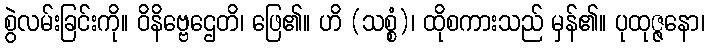
စွဲလမ်းခြင်းကို။ ဝိနိဗ္ဗေဌေတိ၊ ဖြေ၏။ ဟိ (သစ္စံ)၊ ထိုစကားသည် မှန်၏။ ပုထုဇ္ဇနော၊